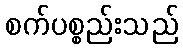
စက်ပစ္စည်းသည်